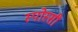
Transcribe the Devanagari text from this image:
स्पोस्सी